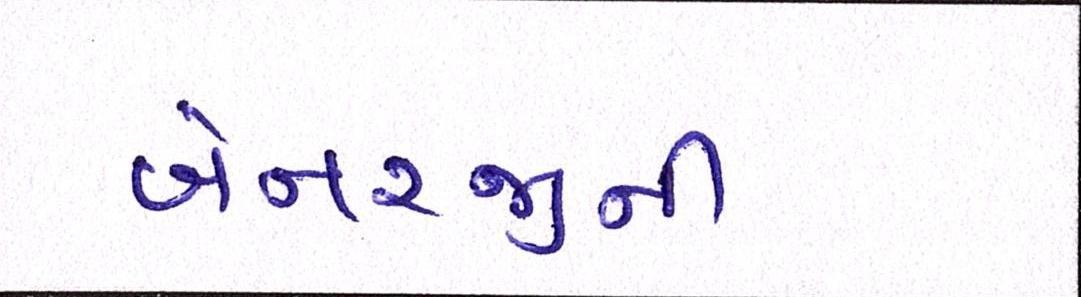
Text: બેનરજીની